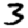
Digit: 3